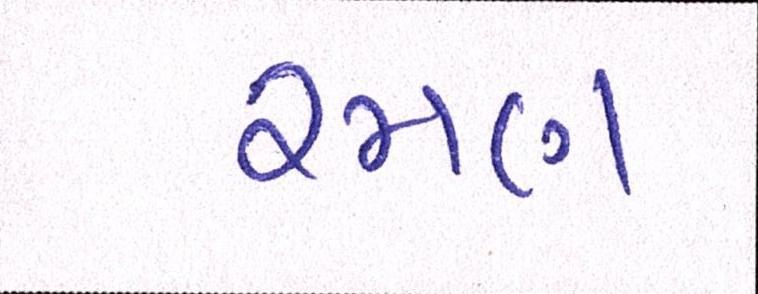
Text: રમણ